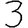
Digit: 3